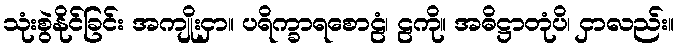
သုံးစွဲနိုင်ခြင်း အကျိုးငှာ။ ပရိက္ခာရစောဠံ၊ ဠကို။ အဓိဋ္ဌာတုံပိ၊ ငှာလည်း။